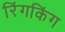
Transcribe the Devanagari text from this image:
रिंगकिंग